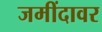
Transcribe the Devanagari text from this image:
जमींदावर